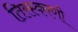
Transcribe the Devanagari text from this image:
तिरस्करणी